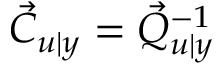
\vec { C } _ { u \vert y } = \vec { Q } _ { u \vert y } ^ { - 1 }